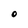
Character: O